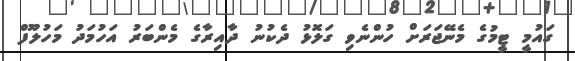
ގައުމީ ޓީމުގެ މެނޭޖަރަށް ހުންނެވި ގަލޮޅު ދެކުނު ދާއިރާގެ މެންބަރު އަހުމަދު މަހުލޫފް